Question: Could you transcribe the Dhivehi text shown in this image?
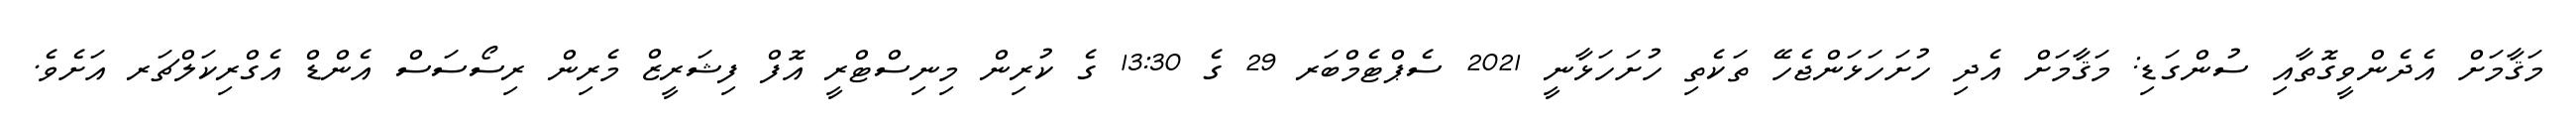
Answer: މަޤާމަށް އެދެންވީގޮތާއި ސުންގަޑި: މަޤާމަށް އެދި ހުށަހަޅަންޖެހޭ ތަކެތި ހުށަހަޅާނީ 2021 ސެޕްޓެމްބަރ 29 ގެ 13:30 ގެ ކުރިން މިނިސްޓްރީ އޮފް ފިޝަރީޒް މެރިން ރިސޯސަސް އެންޑް އެގްރިކަލްޗަރ އަށެވެ.